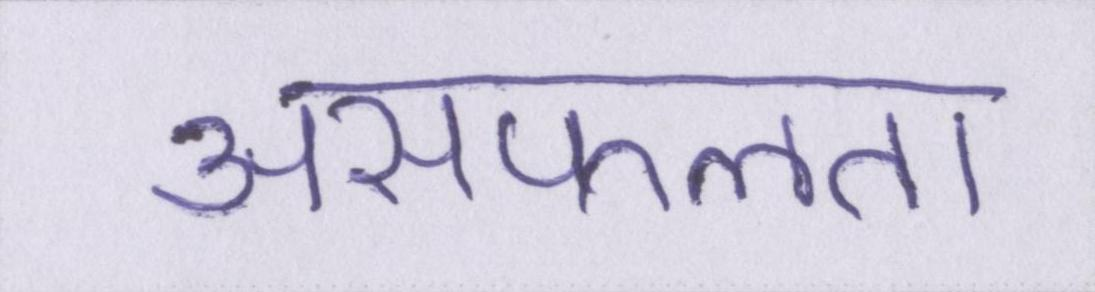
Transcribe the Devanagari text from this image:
असफलता